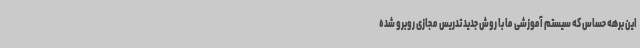
این برهه حساس که سیستم آموزشی ما با روش جدید تدریس مجازی روبرو شده